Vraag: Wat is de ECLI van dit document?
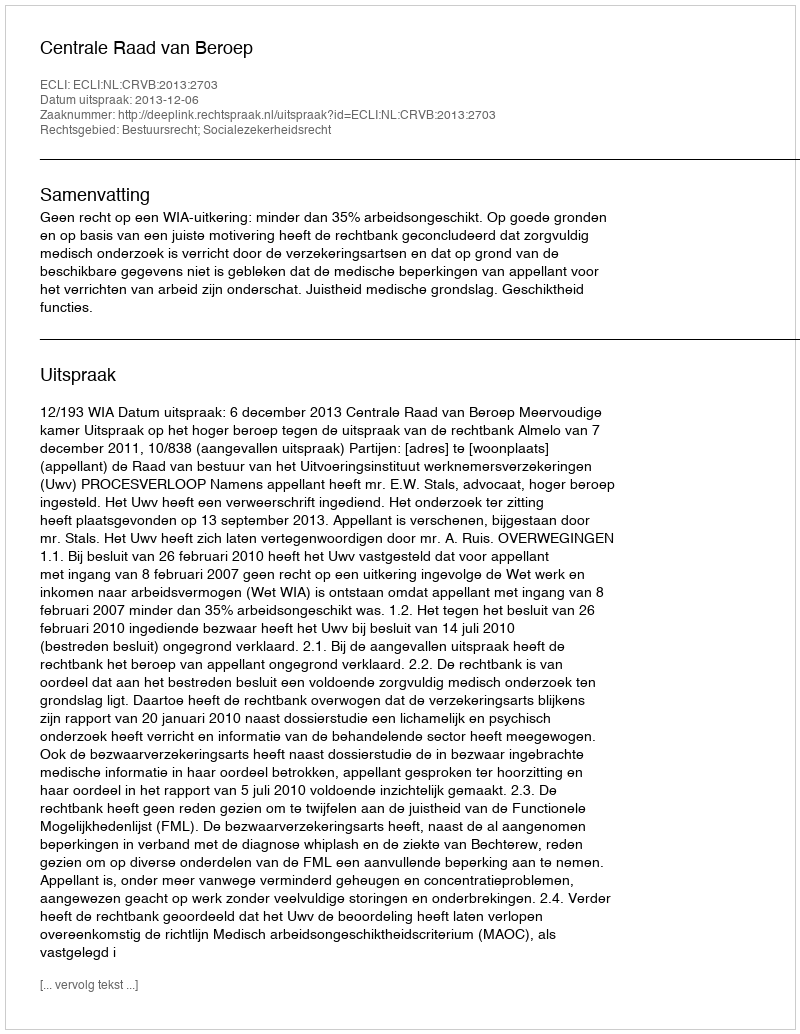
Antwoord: ECLI:NL:CRVB:2013:2703